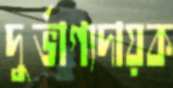
দুর্ভাগ্যদায়ক